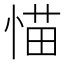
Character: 𱞭